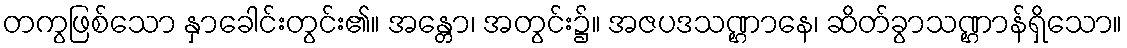
တကွဖြစ်သော နှာခေါင်းတွင်း၏။ အန္တော၊ အတွင်း၌။ အဇပဒသဏ္ဌာနေ၊ ဆိတ်ခွာသဏ္ဌာန်ရှိသော။